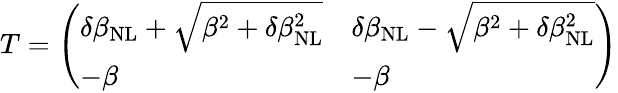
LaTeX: \begin{array}{r}{T=\left(\begin{array}{ll}{\delta\beta_{\mathrm{NL}}+\sqrt{\beta^{2}+\delta\beta_{\mathrm{NL}}^{2}}}&{\delta\beta_{\mathrm{NL}}-\sqrt{\beta^{2}+\delta\beta_{\mathrm{NL}}^{2}}}\\ {-\beta}&{-\beta}\end{array}\right)}\end{array}